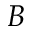
B